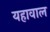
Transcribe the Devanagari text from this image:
यहावाल